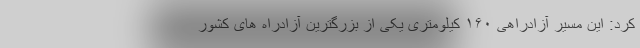
کرد: این مسیر آزادراهی ۱۶۰ کیلومتری یکی از بزرگترین آزادراه های کشور